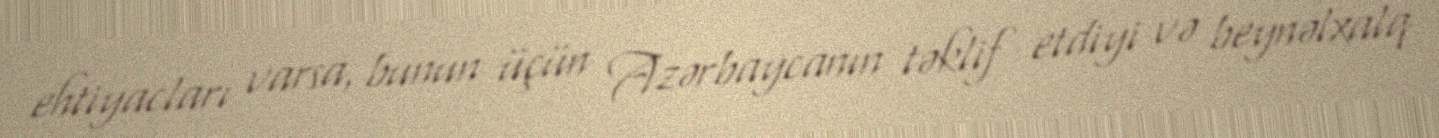
ehtiyacları varsa, bunun üçün Azərbaycanın təklif etdiyi və beynəlxalq